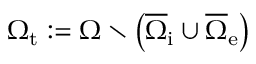
\Omega _ { \mathrm { t } } : = \Omega \setminus \left( \overline { { \Omega } } _ { \mathrm { i } } \cup \overline { { \Omega } } _ { \mathrm { e } } \right)